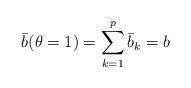
LaTeX: \begin{align*} \bar{b}(\theta=1) = \sum_{k=1}^{p} \bar{b}_k = b\end{align*}